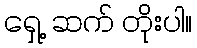
ရှေ့ ဆက် တိုးပါ။